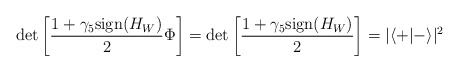
\begin{align*}\det \left [ \frac{1+\gamma_5{\rm sign}{(H_W)}}{2} \Phi \right]=\det \left [ \frac{1+\gamma_5{\rm sign}{(H_W)}}{2} \right]=|\langle + | -\rangle|^2\end{align*}